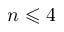
{ n \leqslant 4 }